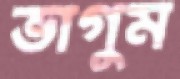
ভাগুম